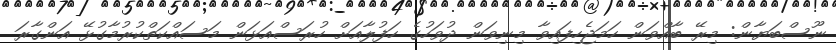
ނޫސްބަޔާން: މިރޭ ބާއްވަން ހަމަޖެހިފައިވާ މިނިވަން ދުވަހުގެ ހަފުލާއަށް ހުރަސްއަޅަން މަސައްކަތްކުރުމާގުޅޭ އަންގާރަ